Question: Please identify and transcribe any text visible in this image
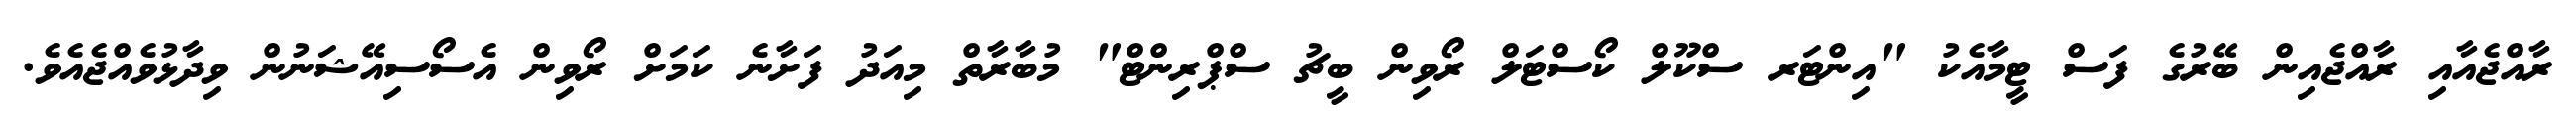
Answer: ރާއްޖެއާއި ރާއްޖެއިން ބޭރުގެ ފަސް ޓީމާއެކު "އިންޓަރ ސްކޫލް ކޯސްޓަލް ރޯވިން ބީޗު ސްޕްރިންޓް" މުބާރާތް މިއަދު ފަށާނެ ކަމަށް ރޯވިން އެސޯސިއޭޝަނުން ވިދާޅުވެއްޖެއެވެ.